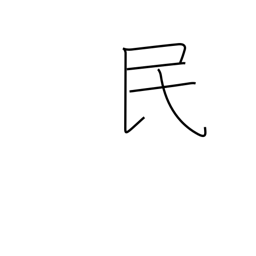
Meaning: nation